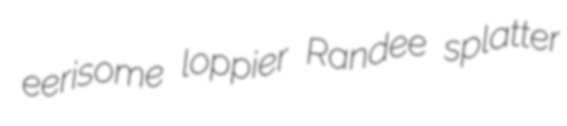
eerisome loppier Randee splatter